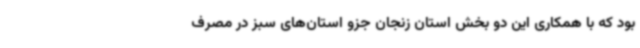
بود که با همکاری این دو بخش استان زنجان جزو استان‌های سبز در مصرف